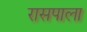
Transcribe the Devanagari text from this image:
रासपाला